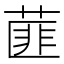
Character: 𦷁